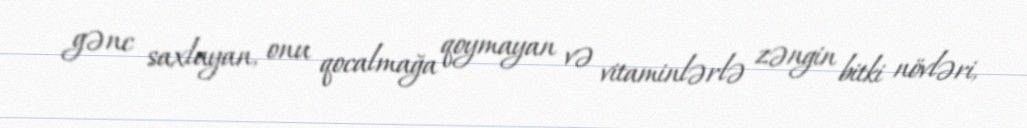
gənc saxlayan, onu qocalmağa qoymayan və vitaminlərlə zəngin bitki növləri,